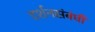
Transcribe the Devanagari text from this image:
दर्शनसंबंधी